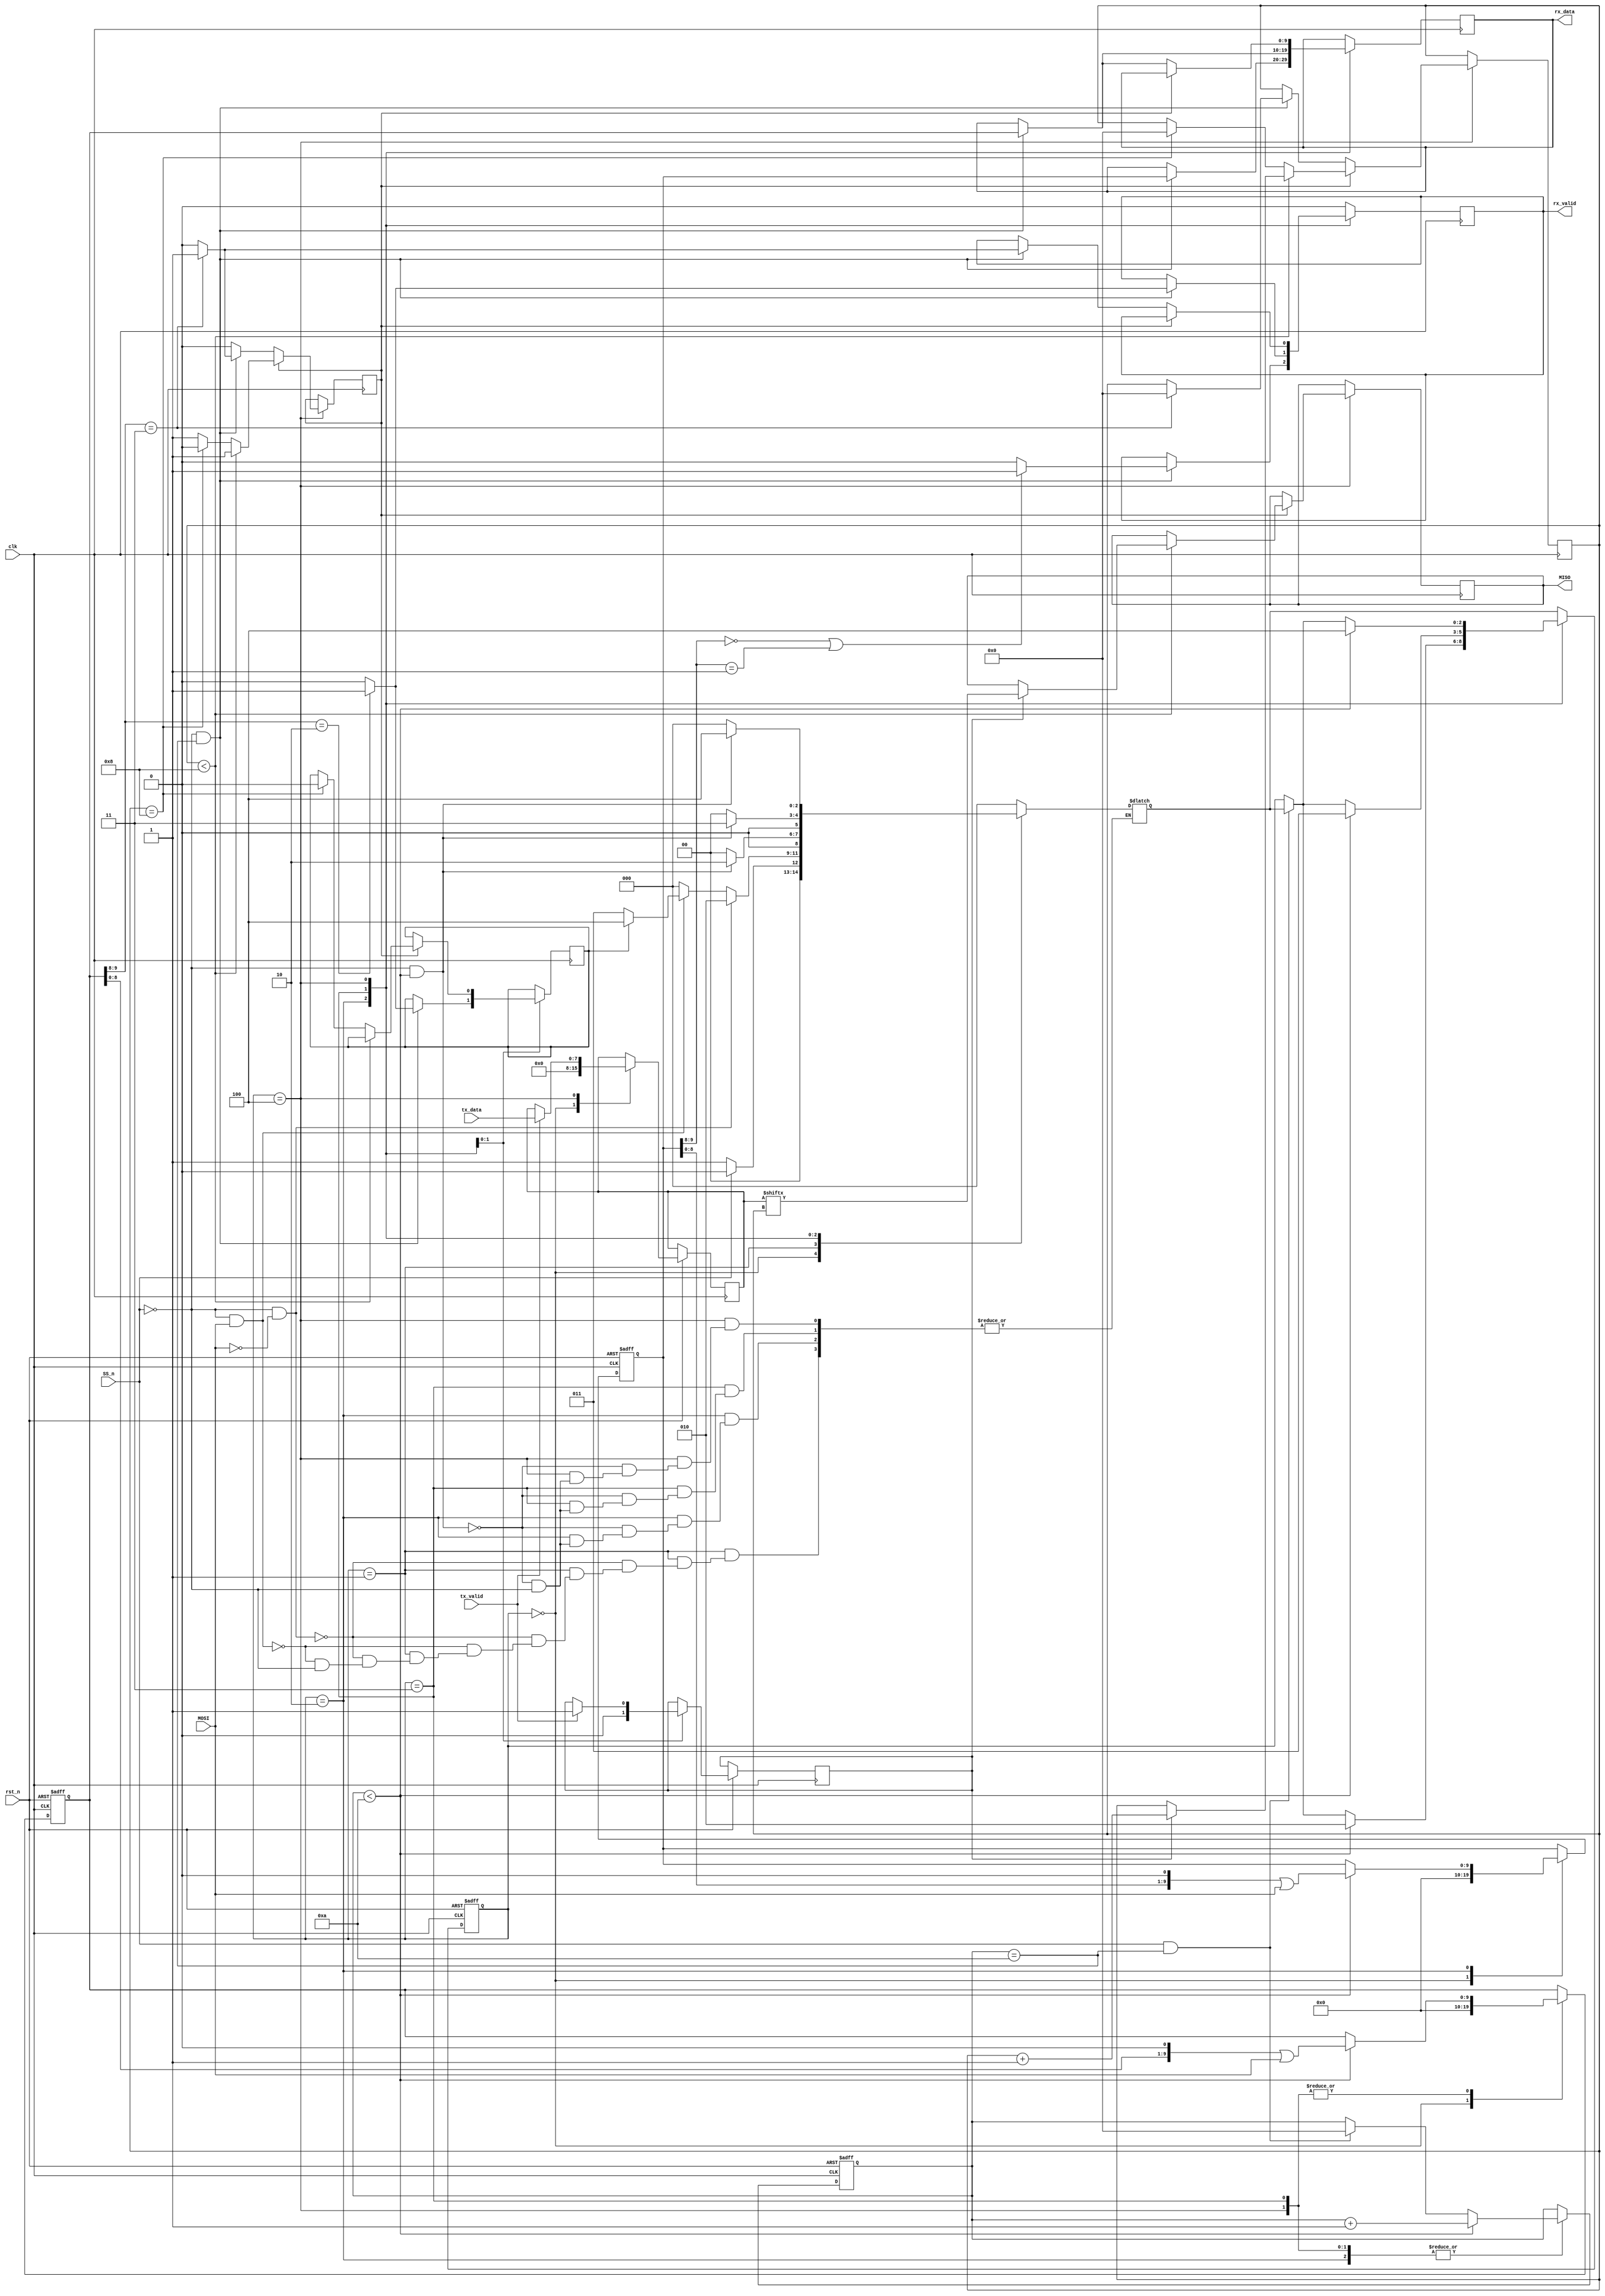
module SPI_SLAVE #(
    parameter IDLE      = 3'b000,
    parameter CHK_CMD   = 3'b001,
    parameter WRITE     = 3'b010,
    parameter READ_ADD  = 3'b011,
    parameter READ_DATA = 3'b100
) (
    input MOSI,
    input[7:0] tx_data,
    input tx_valid,  
    input SS_n,clk,rst_n,

    output reg MISO,
    output reg [9:0]rx_data,
    output reg rx_valid

    
);
    
    reg [3:0] counter_10_cycle, MISO_counter;//counter_10_cycle if for the transmitting commands to RAM, MISO_counter is for transmission to MASTER (through MISO) 
    reg [9:0] wr_address,rd_address;//wr_address is to hold "opcode + addr/data" when in Write state, rd_address is to hold "opcode + addr" when in read addr/data state 
    reg read_state = 1'b0; //if 0 -->ns will be read address state, if 1 -->ns will be read data
    reg rx_finished = 1'b0;//if 0 --> read data cmd is not sent yet, if  1 --> read data cmd is fully sent (and the MISO transmision is in progress)
    reg [7:0] tx_data_hold;// to store data from tx_data when tx_valid is set and cs is READ_DATA
    reg data_hold_full;//if 0 --> useless data, if 1 --> useful data, then we can increment MISO
    (* fsm_encoding = "gray" *)
    reg [2:0] cs,ns;
    //state memory
        always @(posedge clk or negedge rst_n) begin
            if(~rst_n)begin
                cs <= IDLE;
                wr_address <= 'b0;
                rd_address <= 'b0;
                counter_10_cycle <= 0;
            end
            else begin
                case(cs)
                IDLE:begin
                    wr_address <= 'b0;
                    rd_address <= 'b0;
                    cs <= ns;
                    tx_data_hold <= 0;
                end
                WRITE:begin //for write addr/data
                    if(counter_10_cycle<10) begin 
                        cs <= WRITE;
                        wr_address <= (wr_address << 1) | MOSI;
                        counter_10_cycle <= counter_10_cycle +1;
                    end
                    else if(SS_n==1 && counter_10_cycle == 10)begin //SS_n was added to not reset the counter, therefore remain in the same state
                        cs <= ns;
                        counter_10_cycle <= 0;
                    end
                        
    
                end
                READ_ADD:begin
                    data_hold_full <= 0;
                    if(counter_10_cycle<10) begin
                        cs <= READ_ADD;
                        rd_address <= (rd_address << 1) | MOSI;
                        counter_10_cycle <= counter_10_cycle +1;
                    end
                    else if(SS_n==1 && counter_10_cycle == 10)begin
                        cs <= ns;
                        counter_10_cycle <= 0;
                    end
                end
                READ_DATA:begin
                    if(counter_10_cycle<10) begin
                        cs <= READ_DATA;
                        rd_address <= (rd_address << 1) | MOSI;
                        counter_10_cycle <= counter_10_cycle +1;
                    end
                    
                    else if(SS_n==1 && counter_10_cycle == 10)begin
                        cs <= ns;
                        counter_10_cycle <= 0;
                    end
                    if(tx_valid) begin
                            tx_data_hold <= tx_data;
                            data_hold_full <= 1;
                    end
                end
                default:cs <= ns;
                endcase
            end
        end
    //next case logic
    always @(cs,SS_n,MOSI,read_state,counter_10_cycle) begin
        case(cs)
        IDLE:
        if(~SS_n)
            ns = CHK_CMD;
        else
            ns =IDLE;
        CHK_CMD: begin
            if(SS_n == 0 && MOSI == 0) //write addr/data
                ns = WRITE;
            else if(SS_n ==0 && MOSI == 1)begin //read
                if(~read_state)
                    ns = READ_ADD;
                else if(read_state)
                    ns = READ_DATA;
            end
            else if (SS_n) begin
                ns = IDLE;
            end 
        end
            //ns = CHK_CMD;
        WRITE:
        if(SS_n == 0 && counter_10_cycle <10)
            ns = WRITE;
        else if(SS_n == 1)
            ns = IDLE;

        READ_ADD:
        if(SS_n == 0 && counter_10_cycle <10)
            ns = READ_ADD;
        else if(SS_n == 1)  
            ns = IDLE;

        READ_DATA:
        if(SS_n == 0 && counter_10_cycle <10)
            ns = READ_DATA;
        else if(SS_n == 1)
            ns = IDLE;

        default : ns = IDLE;
        endcase

        
    end
    

        

        

    //output logic
    always @(posedge clk) begin
        case (cs)
            IDLE:begin
                rx_valid <= 0;
            end
                
            CHK_CMD:begin
                //counter_10_cycle <= 0;
                rx_valid <= 0;
            end
                
            WRITE:begin
                if((~SS_n) && counter_10_cycle == 10)begin
                    if(wr_address[9:8] == 2'b00 || wr_address[9:8] == 2'b01) begin //opcode of write addr/data in RAM
                        //counter_10_cycle <= 0;
                        rx_data <= wr_address;
                        rx_valid <= 1;
                    end
                    else begin //if it's not the right opcode, rx_data is not valid
                        //counter_10_cycle <= 0;/////////////////
                        rx_data <= wr_address;
                        rx_valid <= 0;
                    end
                    
                end
            end

            READ_ADD:begin
                //read_state = 0;
                if((~SS_n) && counter_10_cycle == 10)begin
                    if (rd_address[9:8] == 2'b10) begin //opcode of read addr in RAM 
                        //counter_10_cycle <= 0;
                        rx_data <= rd_address;
                        rx_valid <= 1;
                        read_state <= 1;
                    end
                    else begin
                        //counter_10_cycle <= 0;//safar l counter w ebda2 ml awel//caused multiple driver error (cuz it can't be drived from 2 different blocks)
                        rx_data <= rd_address;
                        rx_valid <= 0;//rx_data is not valid
                        read_state <= 0;//ns won't change to READ_DATA as long as the opcode is not correct
                    end
                    
                end
                /*else
                    read_state <= 0;*/
            end

            READ_DATA:begin
            
                if(~rx_finished) begin
                    if((~SS_n) && counter_10_cycle == 10)begin
                        if(rd_address[9:8] ==2'b11)begin
                            //counter_10_cycle <= 0;
                            rx_data <= rd_address;
                            rx_valid <= 1;

                            rx_finished <= 1;
                            //read_state = 0;
                            MISO_counter <= 0; 
                        end
                        else begin
                            //counter_10_cycle <= 0;
                            rx_data <= rd_address;
                            rx_valid <= 0;

                            rx_finished <= 0;
                            //read_state = 0;
                            //MISO_counter <= 0;
                        end
                        
                    end
                end
                
                
                else if(rx_finished) begin
                    if(MISO_counter<8) begin
                        if(data_hold_full) begin
                            MISO <= tx_data_hold[MISO_counter];
                            //tx_data_hold <= tx_data_hold << 1;
                            MISO_counter <= MISO_counter + 1;
                        end
                    end
                    else if (MISO_counter == 8) begin
                        MISO_counter <= 0;
                        rx_finished <= 0;
                        read_state <= 0;
                    end
                    
                end
                /*if (tx_valid) begin
                    tx
                end*/
                
            end

            default: rx_valid <= 0;
        endcase
    end

/*
objectives:
1) write address --done--
2) write data --done-- i think there's no difference between it and no. "1)", just recheck
3) read address
4) read data
*/
    
endmodule